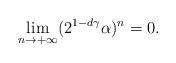
LaTeX: \begin{align*}\lim_{n \rightarrow +\infty} (2^{1-d\gamma}\alpha)^{n} = 0.\end{align*}